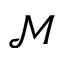
\mathcal { M }